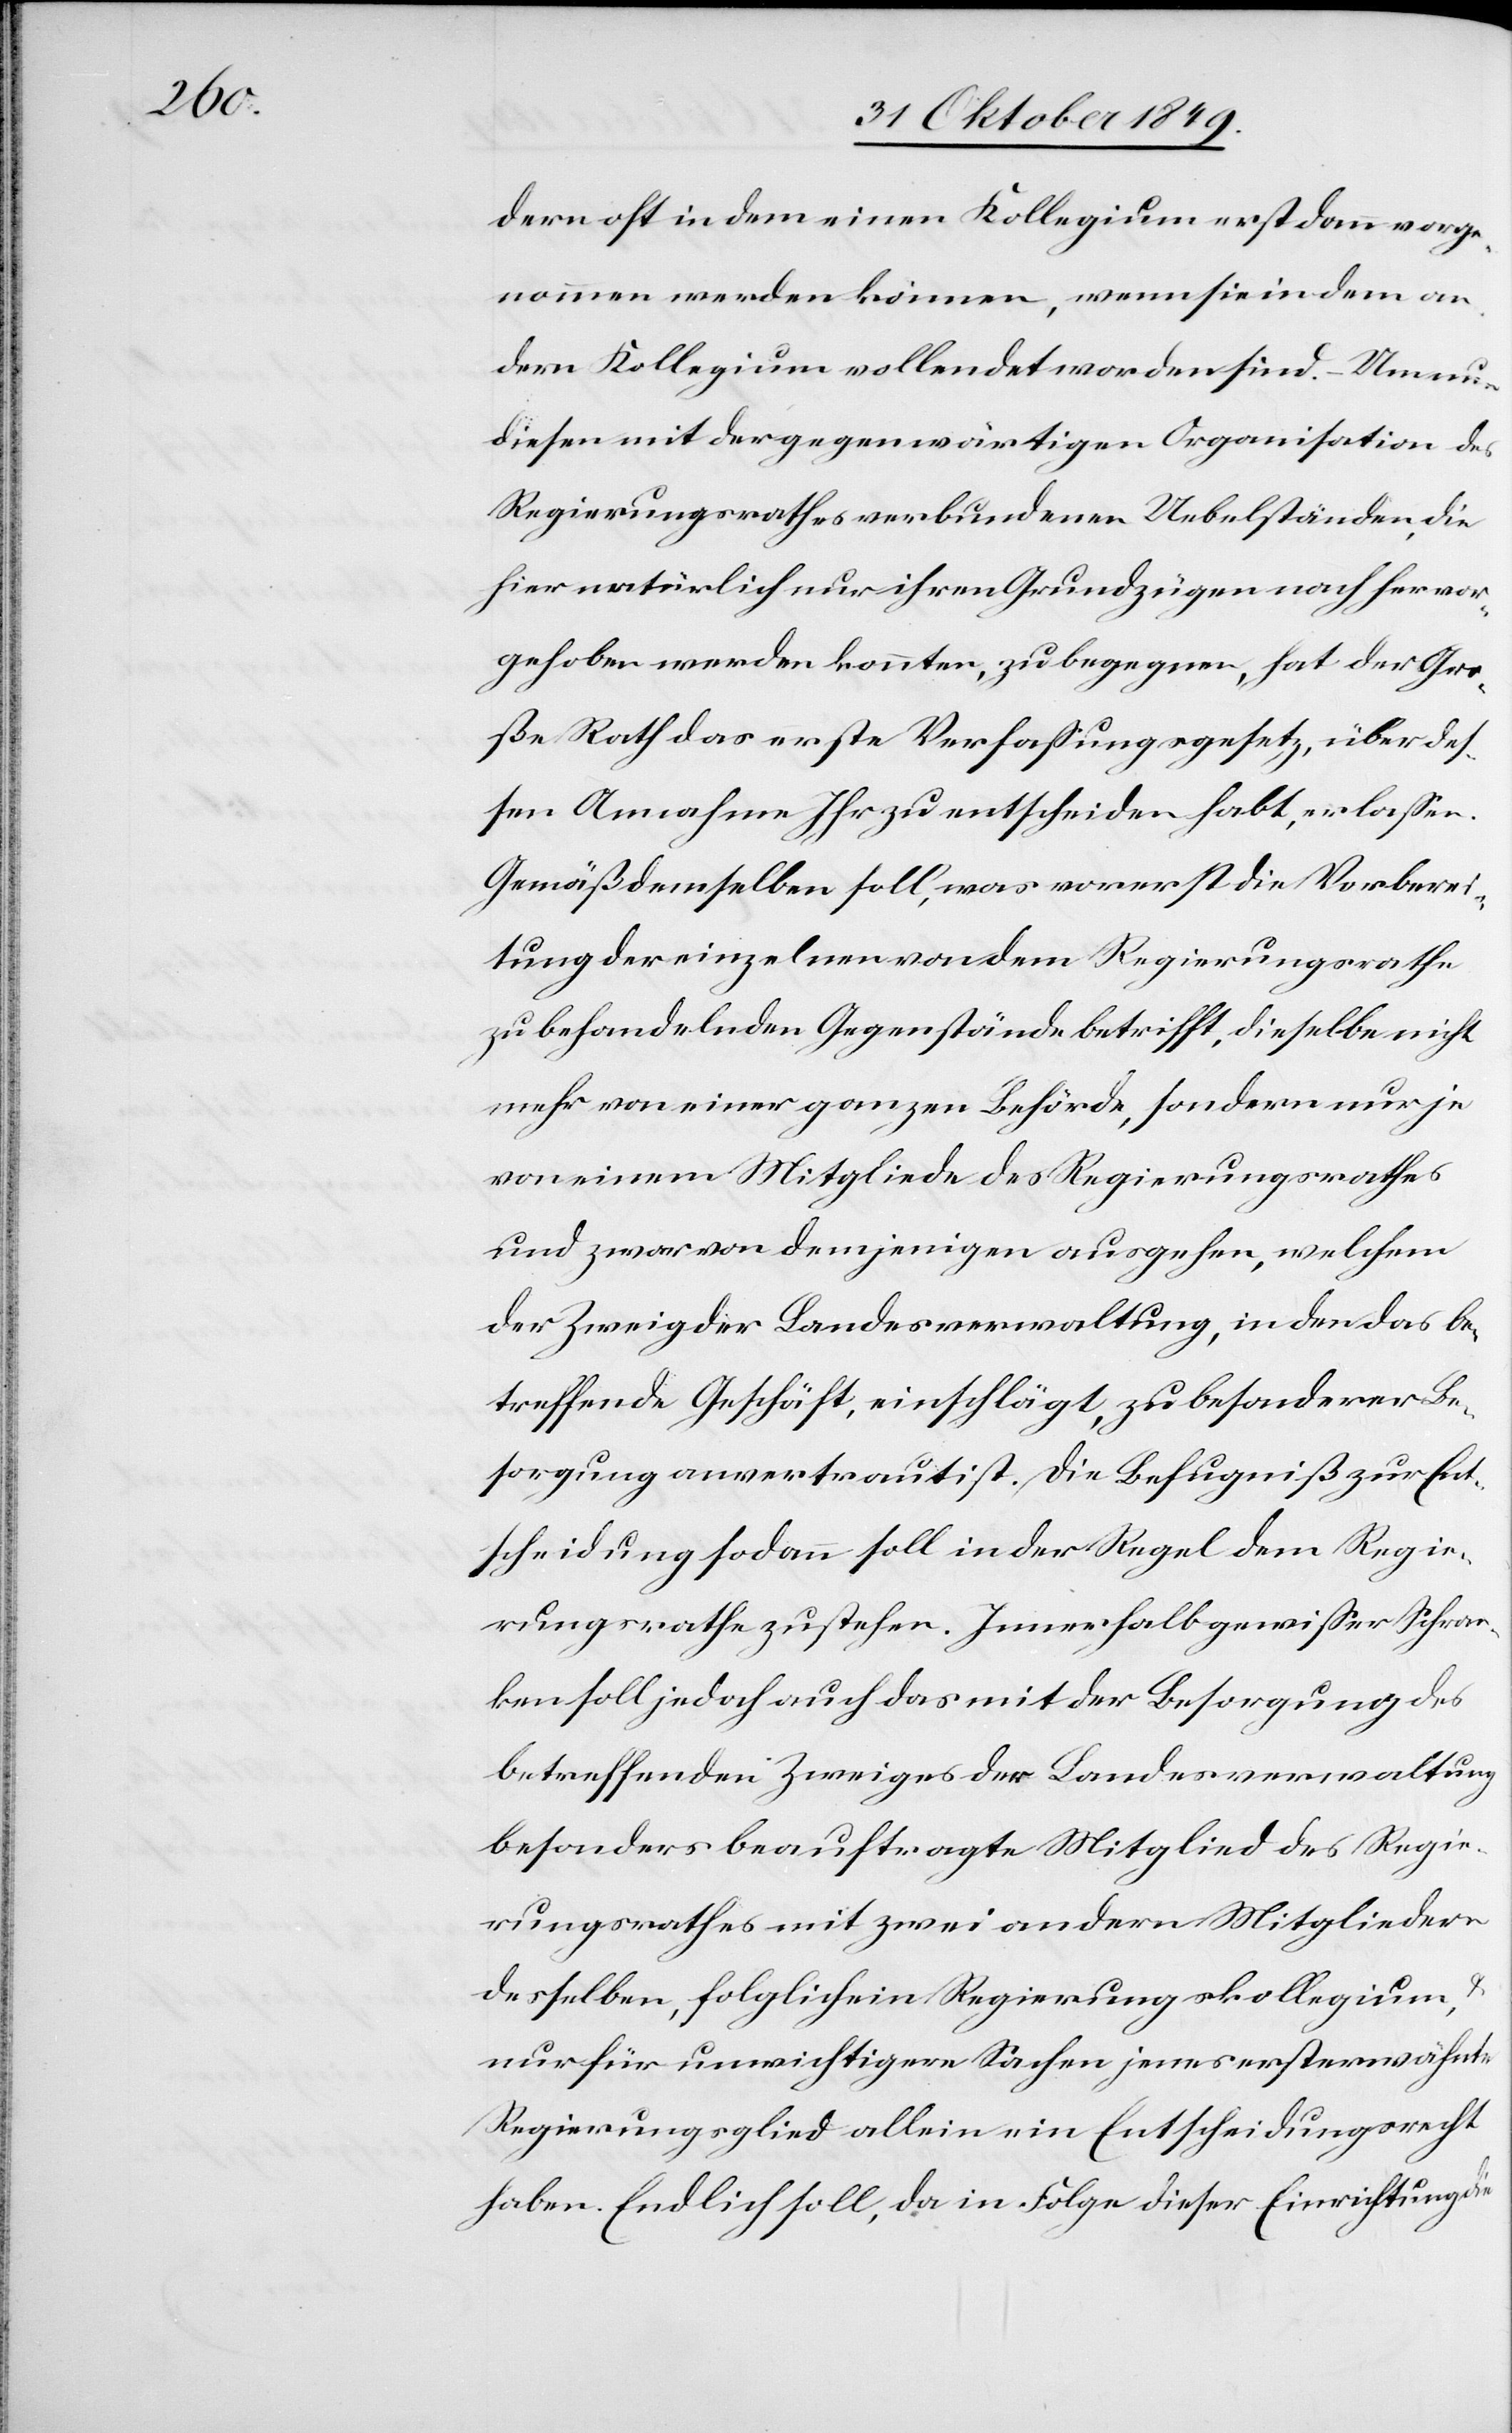
dern oft in dem einen Kollegium erst dann vorge¬
nommen werden können, wenn sie in dem an¬
dern Kollegium vollendet worden sind. – Um nun
diesen mit der gegenwärtigen Organisation des
Regierungsrathes verbundenen Uebelständen, die
hier natürlich nur ihren Grundzügen nach hervor¬
gehoben werden konnten, zu begegnen, hat der Gro¬
ße Rath das erste Verfaßungsgesetz, über des¬
sen Annahme Ihr zu entscheiden habt, erlaßen.
Gemäß demselben soll, was vorerst die Vorberei¬
tung der einzelnen von dem Regierungsrathe
zu behandelnden Gegenstände betrifft, dieselbe nicht
mehr von einer ganzen Behörde, sondern nur je
von einem Mitgliede des Regierungsrathes
und zwar von demejenigen ausgehen, welchem
der Zweig der Bundesverwaltung, in den das be¬
treffende Geschäft, einschlägt, zu besonderer Be¬
sorgung anvertraut ist. Die Befugniße zur Ent¬
scheidung sodann soll in der Regel dem Regie¬
rungsrathe zustehen. Innerhalb gewißer Schran¬
ken soll jedoch auch das mit der Besorgung des
betreffenden Zweiges der Landesverwaltung
besonders beauftragte Mitglied des Regie¬
rungsrathes mit zwei andern Mitgliedern
desselben, folglich ein Regierungskollegium, u.
nur für unwichtigere Sachen jenes ersterwähnte
Regierungsglied allein ein Entscheidungsrecht
haben. Endlich soll, da in Folge dieser Einrichtung die